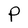
Character: P